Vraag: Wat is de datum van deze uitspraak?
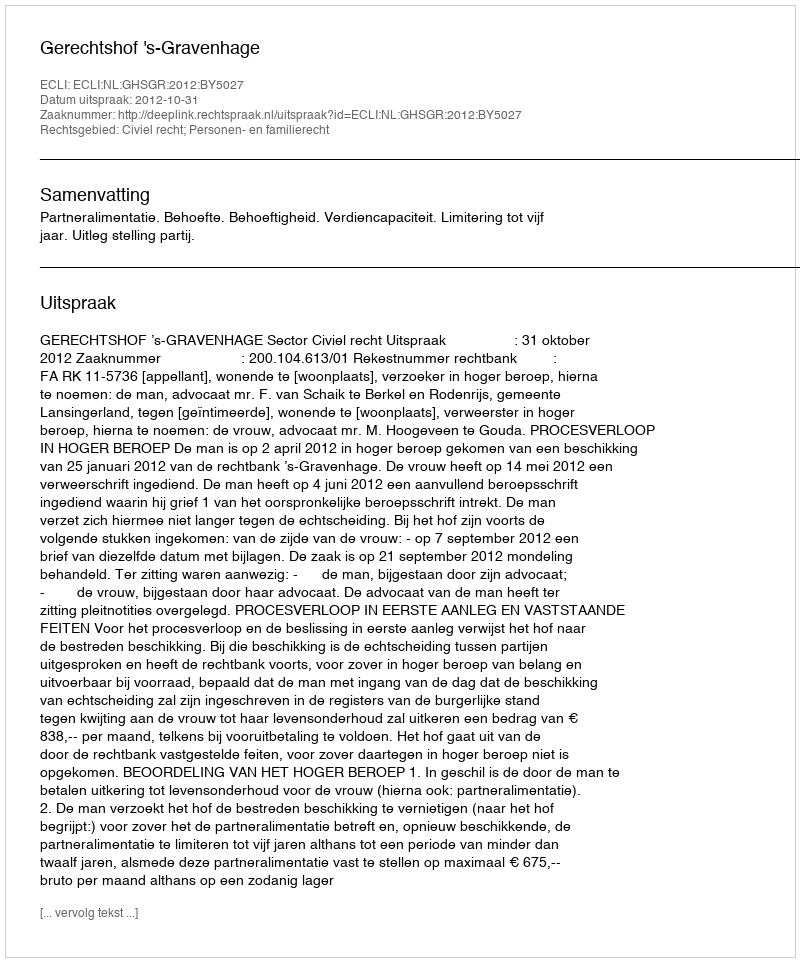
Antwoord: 2012-10-31